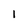
Character: I